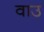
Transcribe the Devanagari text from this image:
वाउ